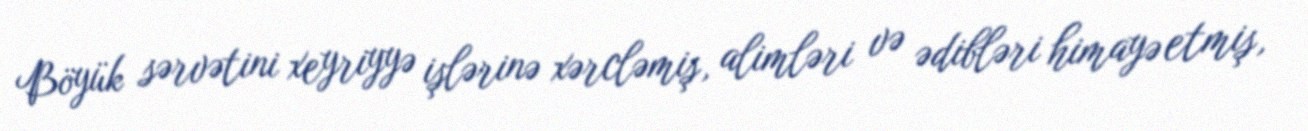
Böyük sərvətini xeyriyyə işlərinə xərcləmiş, alimləri və ədibləri himayə etmiş,